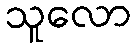
သူလော